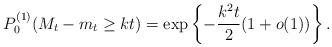
LaTeX: \begin{align*} P^{(1)}_0(M_t-m_t\geq kt)=\exp\left\{-\frac{k^2 t}{2}(1+o(1))\right\}. \end{align*}